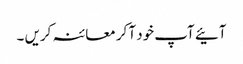
آئیے آپ خود آ کر معائنہ کریں ۔